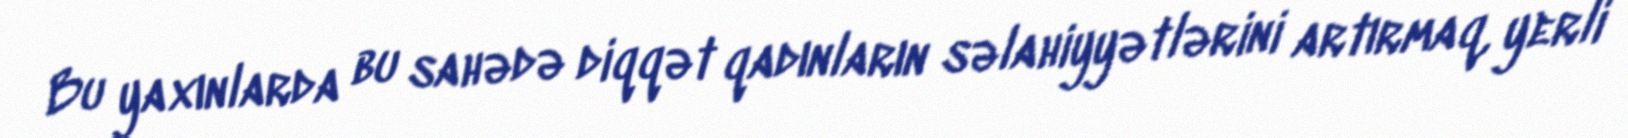
Bu yaxınlarda bu sahədə diqqət qadınların səlahiyyətlərini artırmaq, yerli